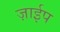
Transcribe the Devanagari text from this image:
ज़ाईप